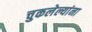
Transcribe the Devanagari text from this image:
चुकलेल्यांना